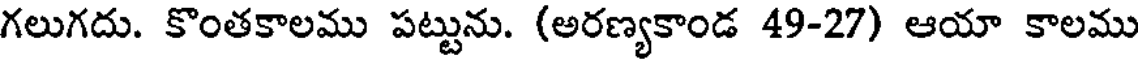
గలుగదు. కొంతకాలము పట్టును. (అరణ్యకాండ 49-27) ఆయా కాలము